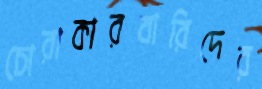
চোরাকারবারিদের